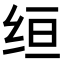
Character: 𫄠